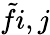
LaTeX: \tilde{f}{i,j}